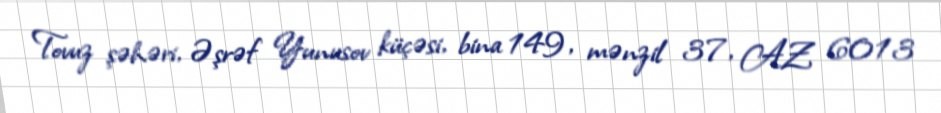
Tovuz şəhəri, Əşrəf Yunusov küçəsi, bina 149, mənzil 37, AZ 6013